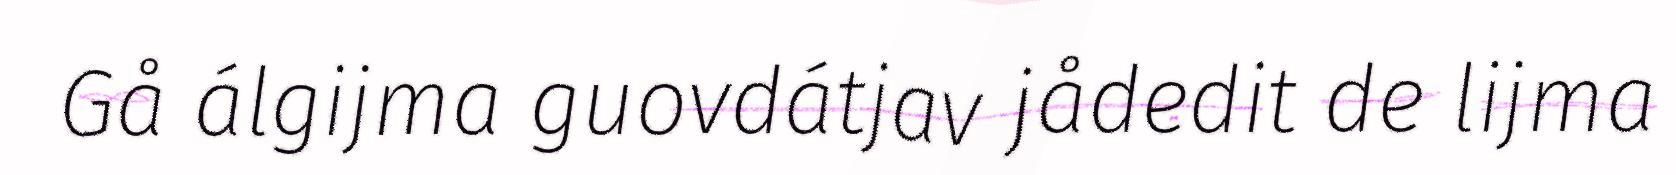
Gå álgijma guovdátjav jådedit de lijma